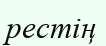
рестің